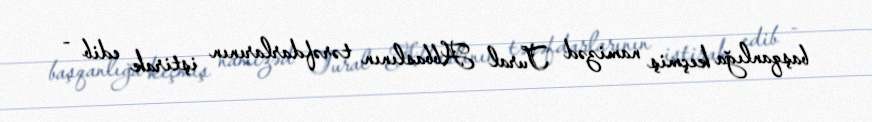
başqanlığa keçmiş namizəd Tural Abbaslının tərəfdarlarının iştirak edib -